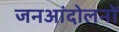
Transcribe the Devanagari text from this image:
जनआंदोलनों